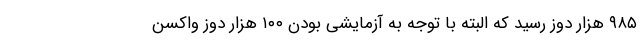
۹۸۵ هزار دوز رسید که البته با توجه به آزمایشی بودن ۱۰۰ هزار دوز واکسن